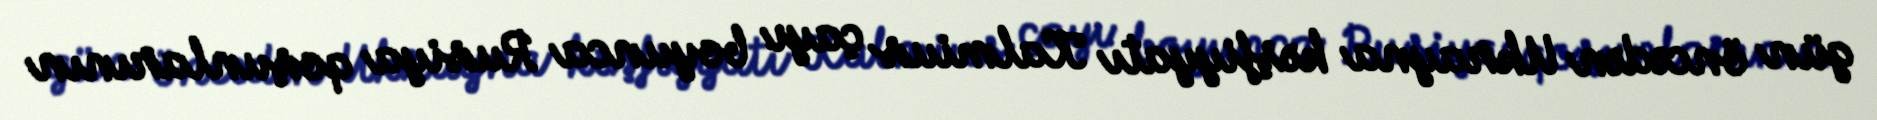
gün öncədən Ukrayna kəşfiyyatı Kalmius çayı boyunca Rusiya qoşunlarının